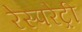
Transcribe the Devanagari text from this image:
रेस्परेट्री